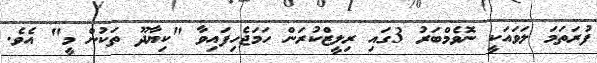
ފުރަތަމަ ލަވައަކީ ނޮވެމްބަރު 3ގައި ރިލީޒްކުރަން ހަމަޖެހިފައިވާ "ކިޔާދޫ ތަކުން މީ" އެވެ.